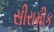
સીરામીક